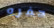
حفره